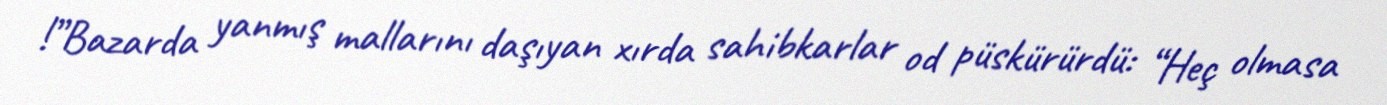
!”Bazarda yanmış mallarını daşıyan xırda sahibkarlar od püskürürdü: “Heç olmasa